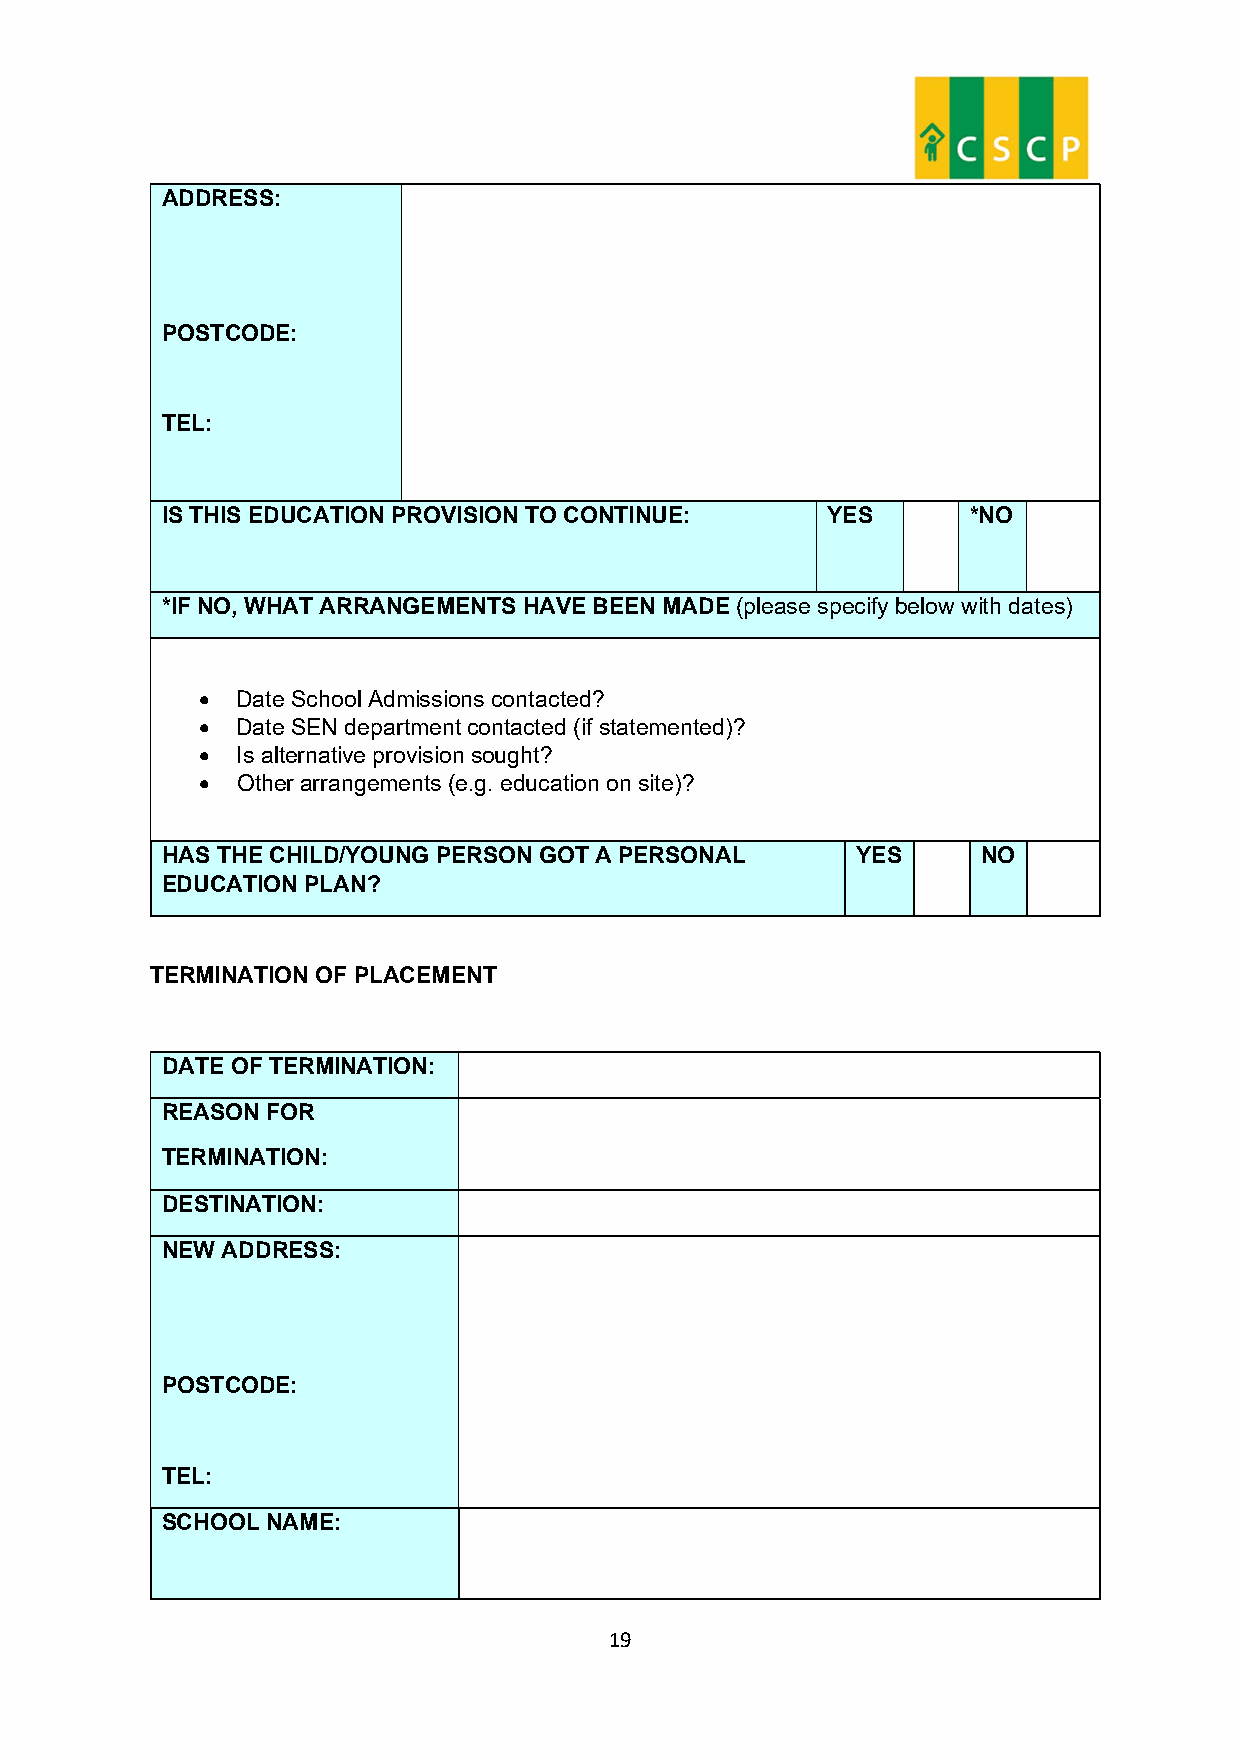
ADDRESS:
 POSTCODE:
 TEL:
 IS THIS EDUCATION PROVISION TO CONTINUE:    YES      *NO
 *IF NO, WHAT ARRANGEMENTS HAVE BEEN MADE (please specify below with dates)
   Date School Admissions contacted?
   Date SEN department contacted (if statemented)?
   Is alternative provision sought?
   Other arrangements (e.g. education on site)?
 HAS THE CHILD/YOUNG PERSON GOT A PERSONAL     YES     NO
 EDUCATION PLAN?
 TERMINATION OF PLACEMENT
 DATE OF TERMINATION:
 REASON FOR
 TERMINATION:
 DESTINATION:
 NEW ADDRESS:
 POSTCODE:
 TEL:
 SCHOOL NAME:
 19